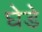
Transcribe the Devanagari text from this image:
घेडे